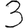
Digit: 3